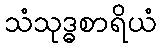
သံသုဒ္ဓစာရိယံ